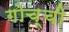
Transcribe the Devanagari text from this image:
गोच्ची